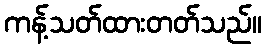
ကန့်သတ်ထားတတ်သည်။